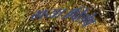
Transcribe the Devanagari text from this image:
गया।विशेष